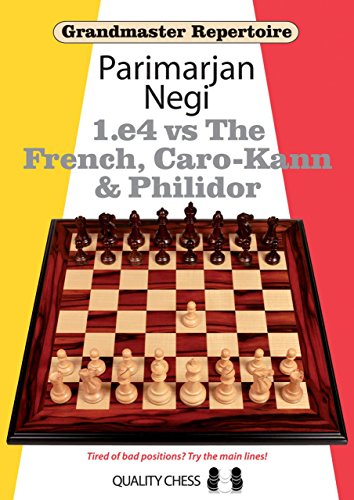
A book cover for Grandmaster Repertoire: 1.e4 vs The French, Caro-Kann and Philidor; Parimarjan Negi; Humor & Entertainment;